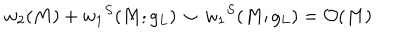
LaTeX: w _ { 2 } ( M ) + { w _ { 1 } } ^ { S } ( M ; g _ { L } ) ~ { \smile } ~ { w _ { 1 } } ^ { S } ( M ; g _ { L } ) = { \cal O } ( M )